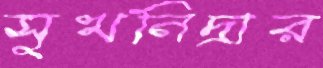
সুখনিদ্রার